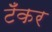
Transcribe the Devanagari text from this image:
टॅँकर